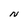
Character: N